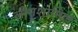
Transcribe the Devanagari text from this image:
लोगशामिल